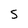
Character: S